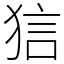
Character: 狺